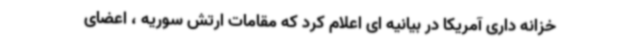
خزانه داری آمریکا در بیانیه ای اعلام کرد که مقامات ارتش سوریه ، اعضای